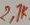
Text: 2,7K